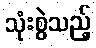
သုံးစွဲသည့်